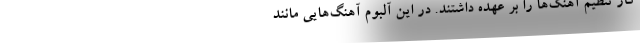
کار تنظیم آهنگ‌ها را بر عهده داشتند. در این آلبوم آهنگ‌هایی مانند